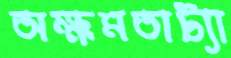
অক্ষমতাট্যা